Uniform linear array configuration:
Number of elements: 24
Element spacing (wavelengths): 1
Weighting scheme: uniform
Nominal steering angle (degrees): -60
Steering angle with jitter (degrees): -60.483
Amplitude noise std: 0.05
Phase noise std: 0.05

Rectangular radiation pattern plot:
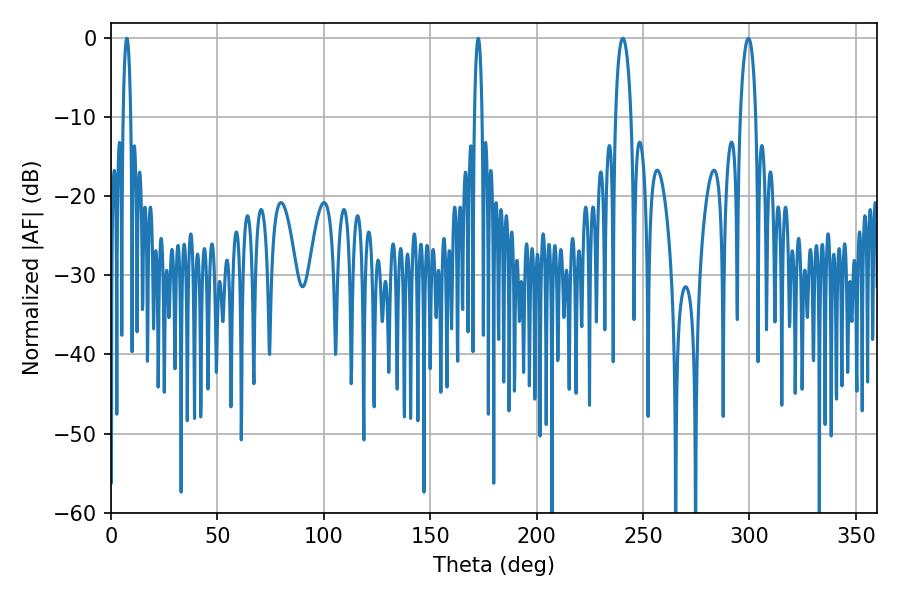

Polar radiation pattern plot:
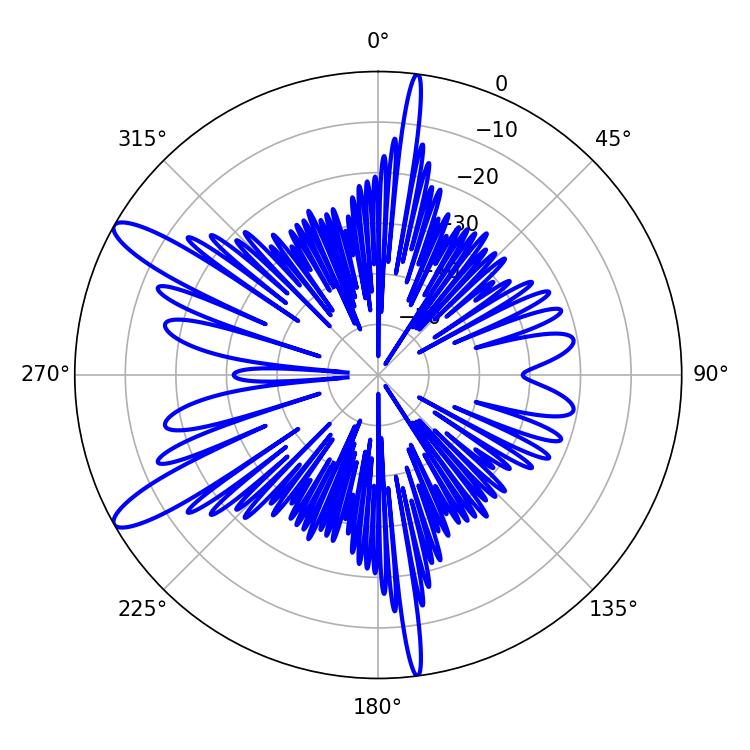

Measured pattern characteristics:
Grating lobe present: TRUE
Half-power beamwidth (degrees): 4.14
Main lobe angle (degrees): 299.52